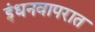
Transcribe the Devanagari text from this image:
इंधनवापरात